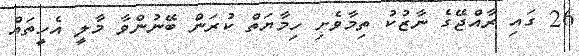
26 ގައި ރާއްޖޭގެ ނާޒުކު ތިމާވެށި ހިމާޔަތް ކުރަން ބޭނުންވާ މާލީ އެހީތައް